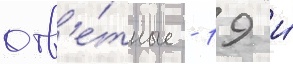
отв'е́тные - 19 и́